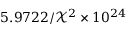
5 . 9 7 2 2 / \mathcal { X } ^ { 2 } \times 1 0 ^ { 2 4 }